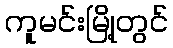
ကူမင်းမြို့တွင်